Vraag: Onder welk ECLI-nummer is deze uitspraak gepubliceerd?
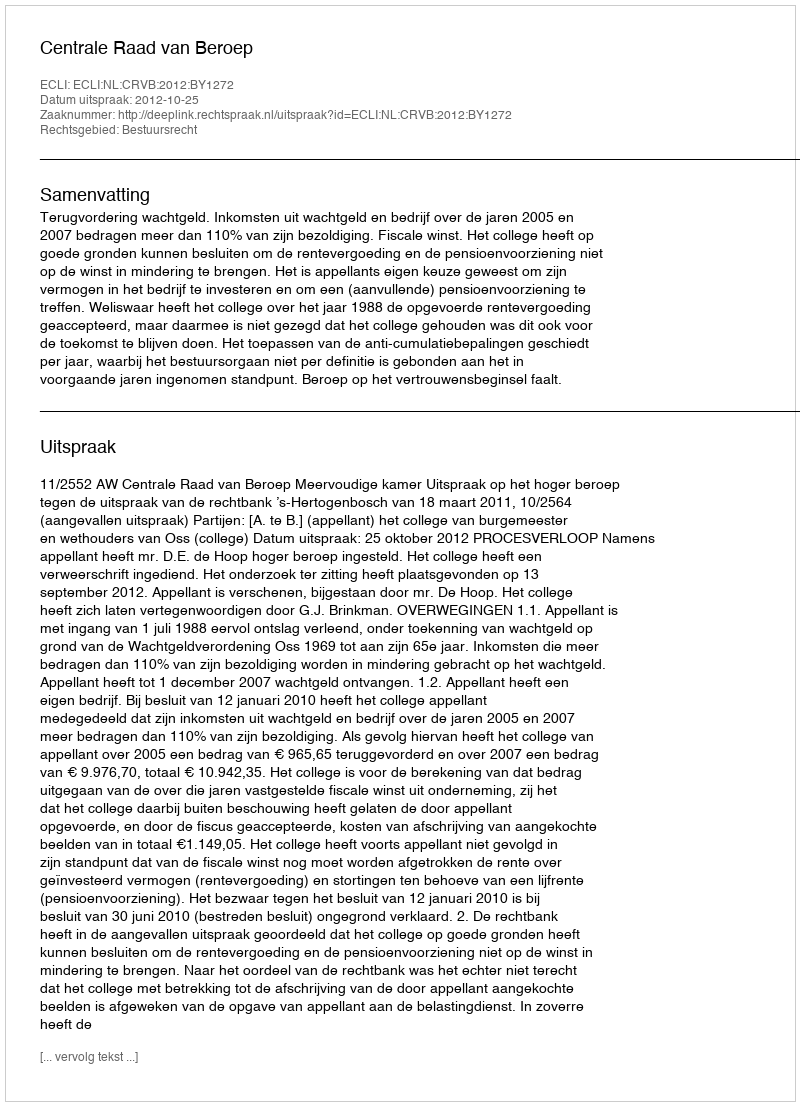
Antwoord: ECLI:NL:CRVB:2012:BY1272